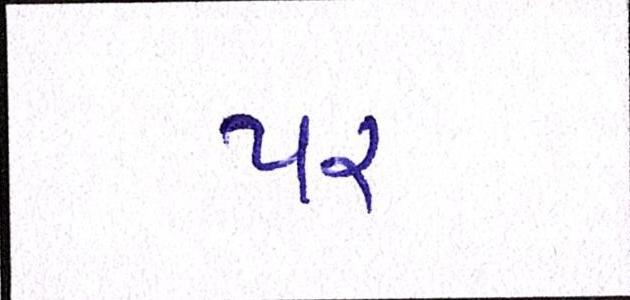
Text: પર